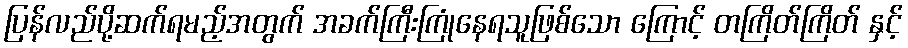
ပြန်လည်ပို့ဆက်ရမည့်အတွက် အခက်ကြီးကြုံနေရသူဖြစ်သော ကြောင့် တကြိတ်ကြိတ် နှင့်